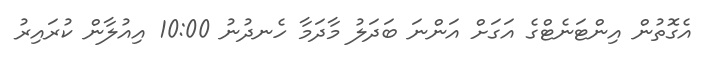
އެގޮތުން އިންޓަނެޓްގެ އަގަށް އަންނަ ބަދަލު މާދަމާ ހެނދުނު 10:00 އިއުލާން ކުރައިރު